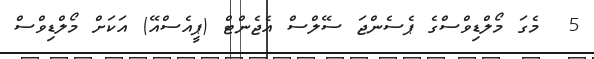
5  މެގަ މޯލްޑިވްސްގެ ޕެސެންޖަ ސޭލްސް އެޖެންޓް (ޕީއެސްއޭ) އަކަށް މޯލްޑިވްސް